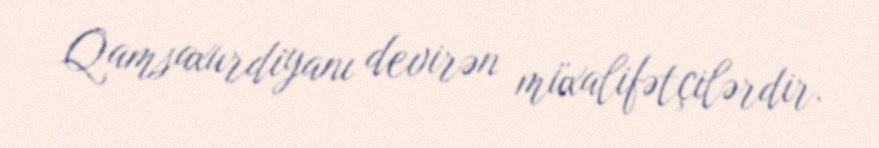
Qamsaxurdiyanı devirən müxalifətçilərdir.